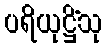
ပရိယုဋ္ဌိံသု